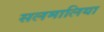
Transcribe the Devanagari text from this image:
सलमालिया